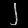
Digit: ၂